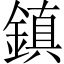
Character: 鎮